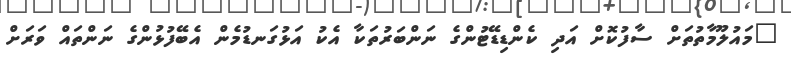
"މައުލޫމާތުތަށް ސާފުކޮށް އަދި ކެންޑިޑޭޓުންގެ ނަންބަރުތަކާ އެކު އަޅުގަނޑުމެން އެބޭފުޅުންގެ ނަންތައް ވަރަށް